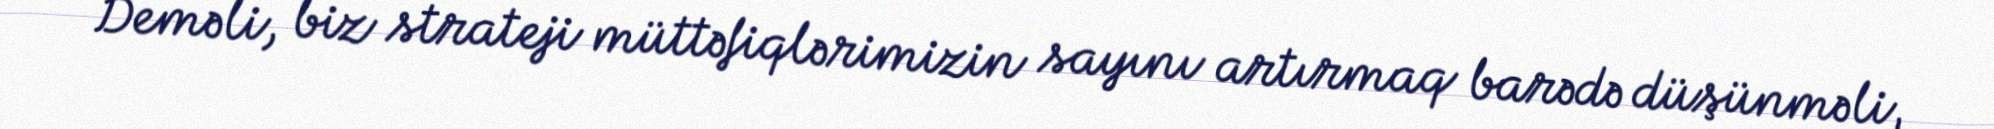
Deməli, biz strateji müttəfiqlərimizin sayını artırmaq barədə düşünməli,